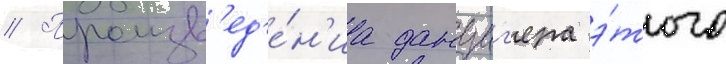
// Произв'ед'е́н'иа данциг'ера э́того